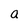
Character: a